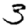
Digit: 3